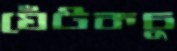
ঘেঁটকচু